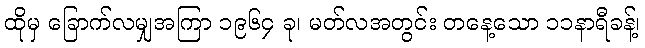
ထိုမှ ခြောက်လမျှအကြာ ၁၉၆၄ ခု၊ မတ်လအတွင်း တနေ့သော ၁၁နာရီခန့်၊